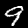
Digit: 9